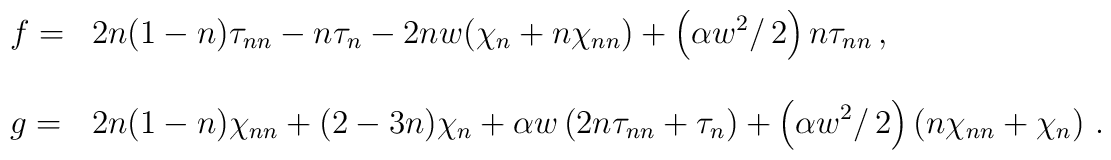
\begin{array}{ll} \displaystyle{ f = } &  \displaystyle{  2n(1-n)\tau_{nn}- n\tau_{n}         - 2nw(\chi_{n} + n \chi_{nn} )         + \left(\alpha w^2/\, 2 \right) n \tau_{nn} \,, }  \\   \mbox{}\\ \displaystyle{ g= } &   \displaystyle{  2n(1-n)\chi_{nn} +(2-3n)\chi_{n} +                \alpha w \left( 2n\tau_{nn} + \tau_{n} \right)         + \left( \alpha w^2 /\, 2 \right) \left( n \chi_{nn} + \chi_{n} \right) \,. } \end{array}